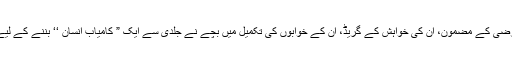
جن پر ان کے تعلیمی دور کے دوران، ان کے والدین کی جانب سے ان کی مرضی کے مضمون، ان کی خواہش کے گریڈ، ان کے خوابوں کی تکمیل میں بچے نے جلدی سے ایک ” کامیاب انسان ‘‘ بننے کے لیے اپنے بچپن، صلاحیت، تخلیقی قوت، شوق اور مشاغل کو قربان نہ کر دیا ہو۔